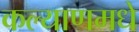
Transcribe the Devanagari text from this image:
कल्याणमधे